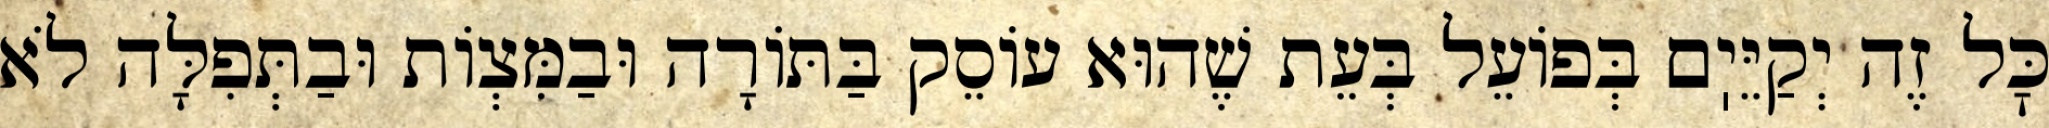
כׇּל זֶה יְקַיֵּיֽם בְּפוֹעֵל בְּעֵת שֶׁהוּא עוֹסֵק בַּתּוֹרָה וּבַמִּצְוֹת וּבַתְּפִלָּה לֹא